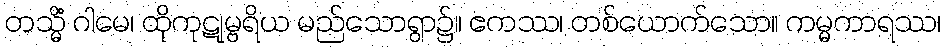
တသ္မိံ ဂါမေ၊ ထိုကုဋုမ္ဗရိယ မည်သောရွာ၌။ ဧကဿ၊ တစ်ယောက်သော။ ကမ္မကာရဿ၊